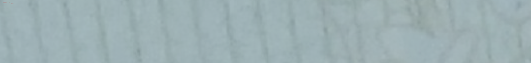
بيع وشراء مجوهرات ذهبية و